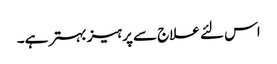
اس لئے علاج سے پرہیز بہتر ہے۔